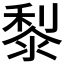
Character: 𪏭